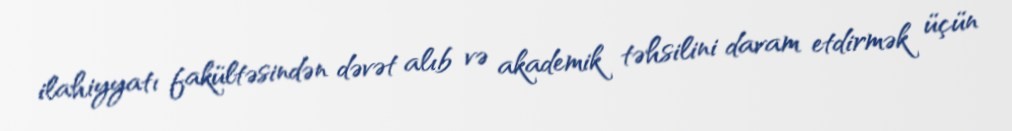
ilahiyyatı fakültəsindən dəvət alıb və akademik təhsilini davam etdirmək üçün